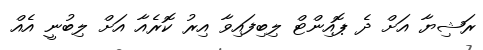
ރަޝިޔާ އަށް ދެ ޕޮއިންޓް ލިބިފައިވާ އިރު ކޮރެއާ އަށް ލިބުނީ އެއް